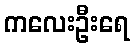
ကလေးဦးရေ